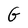
Character: G